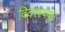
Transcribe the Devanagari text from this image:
विदरस्पपून